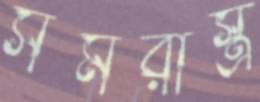
সমরাস্ত্র